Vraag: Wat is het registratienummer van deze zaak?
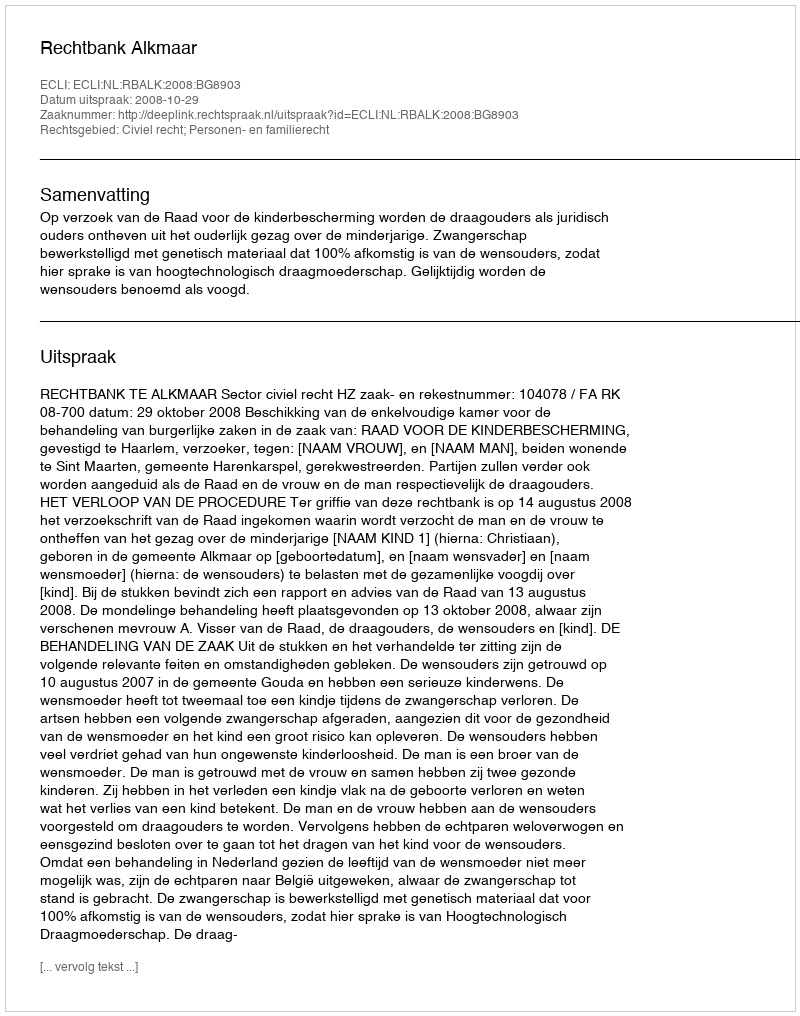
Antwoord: http://deeplink.rechtspraak.nl/uitspraak?id=ECLI:NL:RBALK:2008:BG8903